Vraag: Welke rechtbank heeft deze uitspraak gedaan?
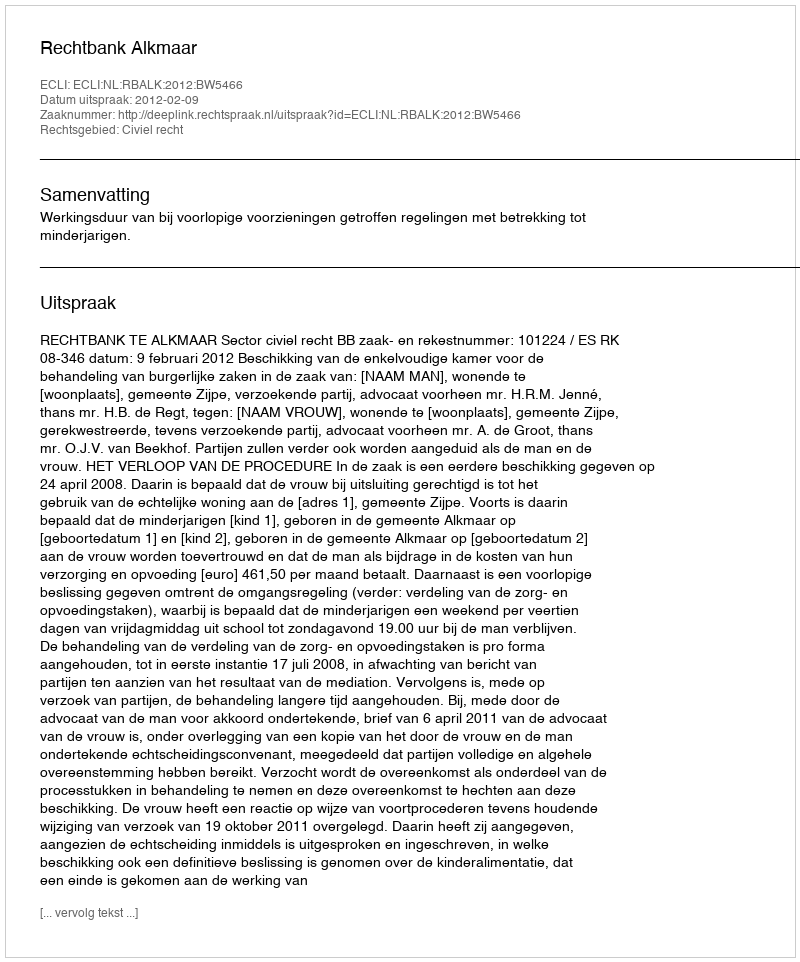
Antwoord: Rechtbank Alkmaar